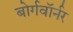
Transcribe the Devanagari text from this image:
बोर्गवॉर्नर